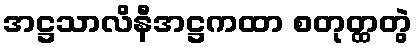
အဋ္ဌသာလိနီအဋ္ဌကထာ စတုတ္ထတွဲ